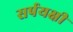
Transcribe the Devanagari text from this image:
सर्पयक्षी